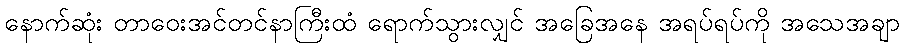
နောက်ဆုံး တာဝေးအင်တင်နာကြီးထံ ရောက်သွားလျှင် အခြေအနေ အရပ်ရပ်ကို အသေအချာ